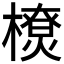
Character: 𰘴